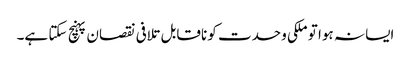
ایسا نہ ہوا تو ملکی وحدت کو ناقابل تلافی نقصان پہنچ سکتا ہے۔